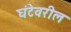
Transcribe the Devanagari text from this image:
घंटेवरील